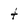
Character: t